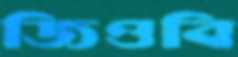
জিওবি